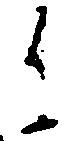
候